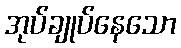
အုပ်ချုပ်နေသော